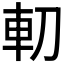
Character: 𠜥